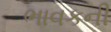
ભાવકની